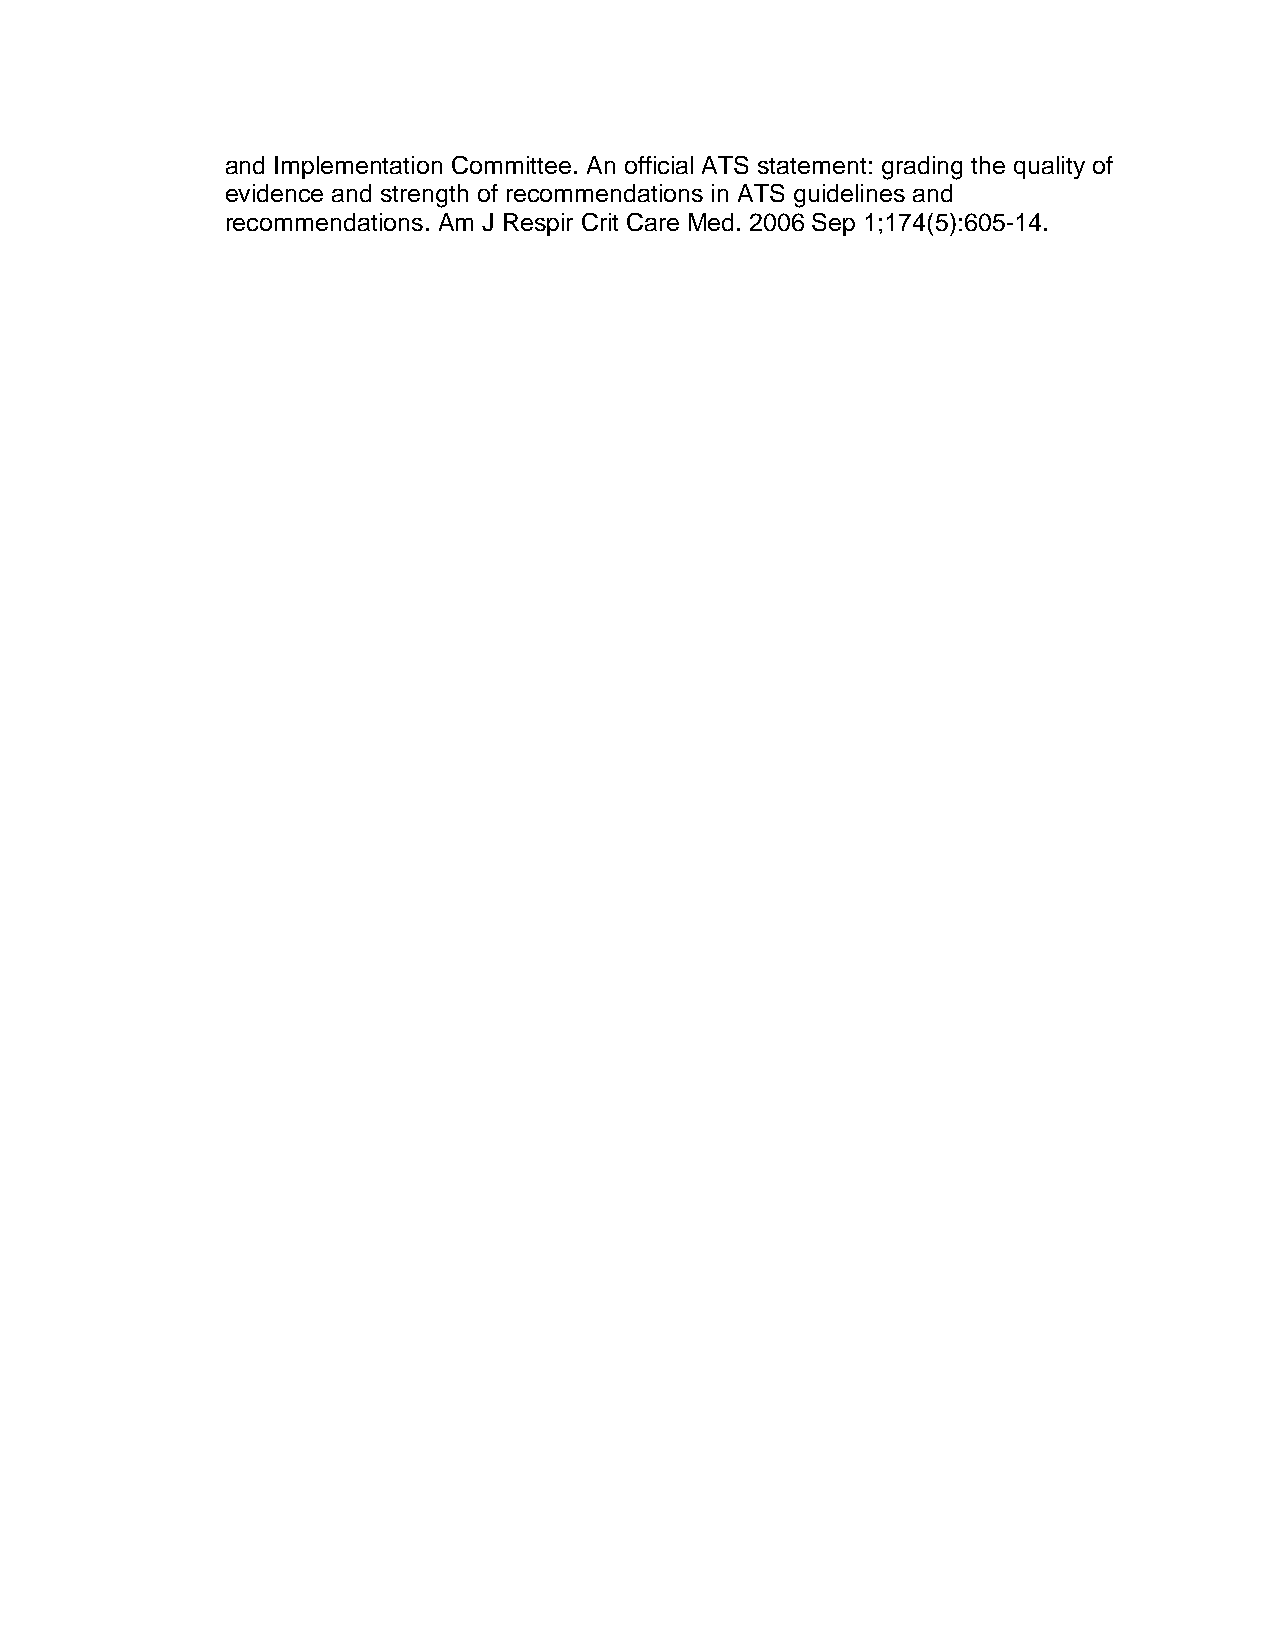
and Implementation Committee. An official ATS statement: grading the quality of
 evidence and strength of recommendations in ATS guidelines and
 recommendations. Am J Respir Crit Care Med. 2006 Sep 1;174(5):605-14.